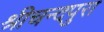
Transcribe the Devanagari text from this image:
श्रीचन्दपुरा